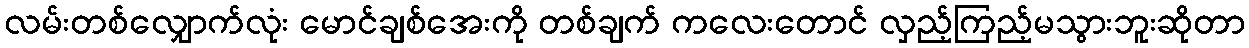
လမ်းတစ်လျှောက်လုံး မောင်ချစ်အေးကို တစ်ချက် ကလေးတောင် လှည့်ကြည့်မသွားဘူးဆိုတာ